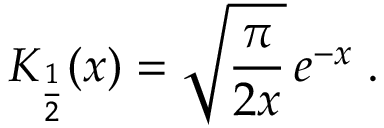
K _ { \frac { 1 } { 2 } } ( x ) = \sqrt { \frac { \pi } { 2 x } } \, e ^ { - x } \; .